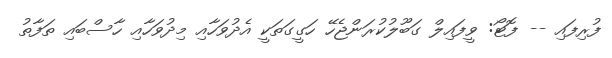
ފުރިފައި -- ފޮޓޯ: ވީފައިލް ގަބޫލުކުރަންޖެހޭ ހަގީގަތަކީ އެދުވަހާއި މިދުވަހާއި ހާސްބައި ތަފާތު